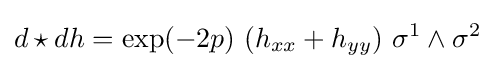
d\star dh=\exp(-2p)\,\left(h_{xx}+h_{yy}\right)\,\sigma ^{1}\wedge \sigma ^{2}